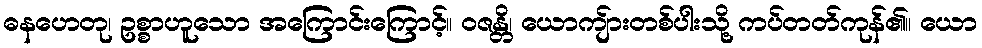
ဓနဟေတု၊ ဥစ္စာဟူသော အကြောင်းကြောင့်။ ဝဇန္တိ၊ ယောကျ်ားတစ်ပါးသို့ ကပ်တတ်ကုန်၏။ ယော